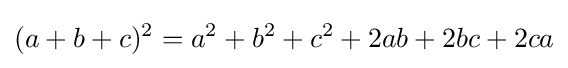
(a+b+c)^{2}=a^{2}+b^{2}+c^{2}+2ab+2bc+2ca